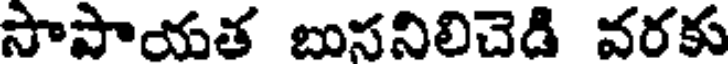
సాపాయత బుసనిలిచెడి వరకు